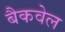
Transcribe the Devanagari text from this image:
बैकवेल